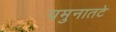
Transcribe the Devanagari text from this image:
यमुनातटे